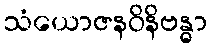
သံယောဇနဝိနိဗန္ဓာ